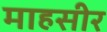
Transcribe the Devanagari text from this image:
माहसीर